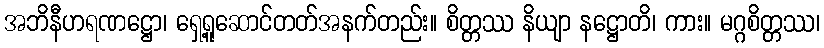
အဘိနီဟရဏဋ္ဌော၊ ရှေ့ရူဆောင်တတ်အနက်တည်း။ စိတ္တဿ နိယျာ နဋ္ဌောတိ၊ ကား။ မဂ္ဂစိတ္တဿ၊